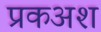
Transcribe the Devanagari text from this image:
प्रकअश